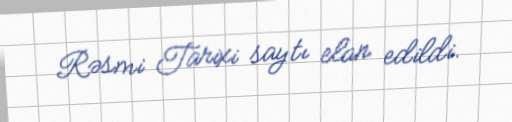
Rəsmi Tarixi saytı elan edildi.